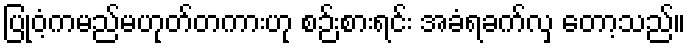
ပြုဝံ့ကမည်မဟုတ်တကားဟု စဉ်းစားရင်း အခံရခက်လှ တော့သည်။